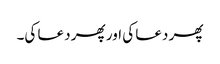
پھر دعا کی اور پھر دعا کی۔